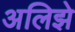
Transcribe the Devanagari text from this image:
अलिझे